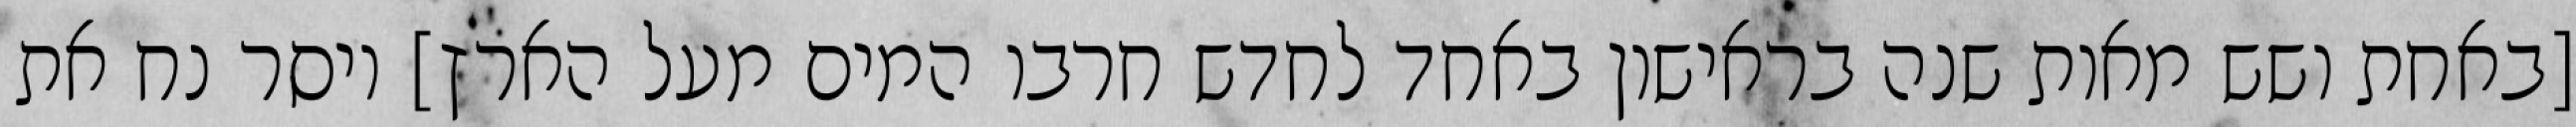
[באחת ושש מאות שנה בראישון באחד לחדש חרבו המים מעל הארץ] ויסר נח את